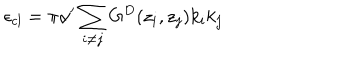
\epsilon _ { c l } = \pi \alpha ^ { \prime } \sum _ { i \neq j } G ^ { D } ( z _ { i } , z _ { j } ) k _ { i } k _ { j }